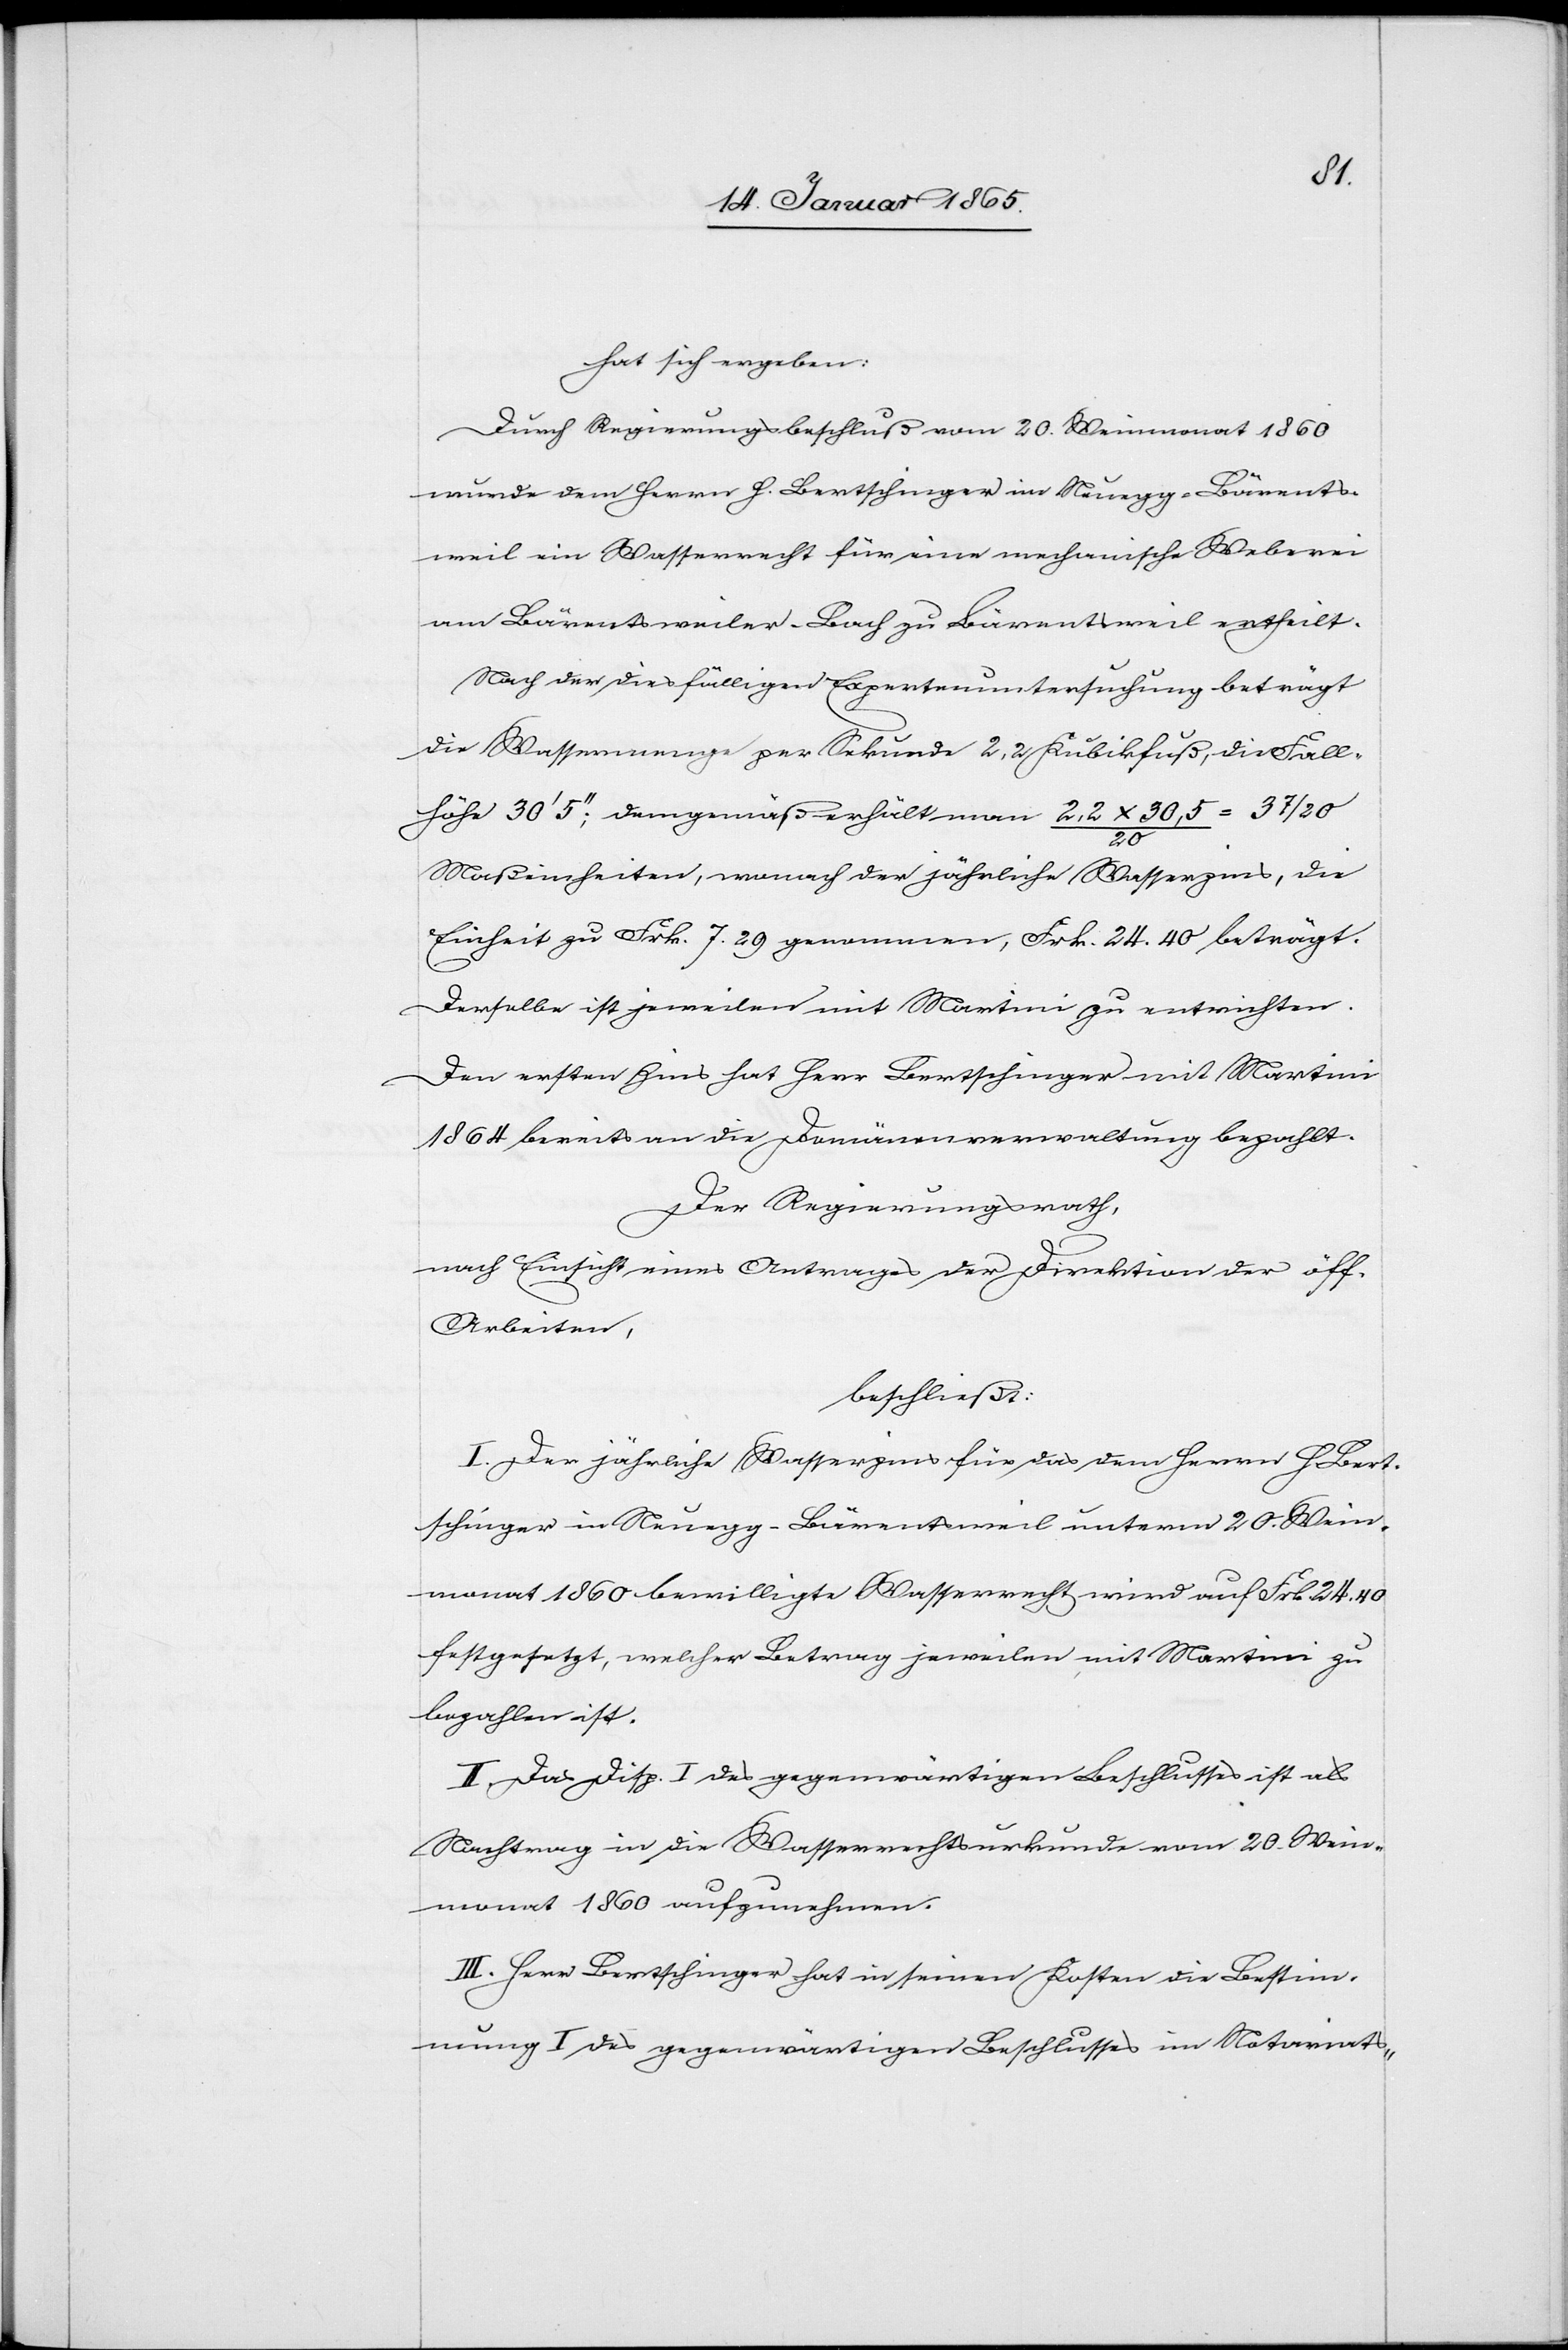
hat sich ergeben:
Durch Regierungsbeschluß vom 20. Weinmonat 1860
wurde dem Herrn H. Bertschinger im Neuegg-Bärents¬
weil ein Wasserrecht für eine mechanische Weberei
am Bärentsweiler-Bach zu Bärentsweil ertheilt.
Nach der diesfälligen Expertenuntersuchung beträgt
die Wassermenge per Sekunde 2,2 Kubikfuß, die Fall¬
höhe 30’ 5’’; demgemäß erhält man 2,2 x 30,5/20
7/20
Maßeinheiten, wonach der jährliche Wasserzins, die
Einheit zu Frk. 7. 29 genommen, Frk. 24. 40 beträgt.
Derselbe ist jeweilen mit Martini zu entrichten.
Den ersten Zins hat Herr Bertschinger mit Martini
1864 bereits an die Domänenverwaltung bezahlt.
Der Regierungsrath,
nach Einsicht eines Antrages der Direktion der öff.
Arbeiten,
beschließt:
I. Der jährliche Wasserzins für das dem Herrn H. Bert¬
schinger in Neuegg-Bärentsweil unterm 20. Wein¬
monat 1860 bewilligte Wasserrecht wird auf Frk 24. 40
festgesetzt, welcher Betrag jeweilen mit Martini zu
bezahlen ist.
II. Das Disp. I des gegenwärtigen Beschlusses ist als
Nachtrag in die Wasserrechtsurkunde vom 20. Wein¬
monat 1860 aufzunehmen.
III. Herr Bertschinger hat in seinen Kosten die Bestim¬
mung I des gegenwärtigen Beschlusses im Notariats-